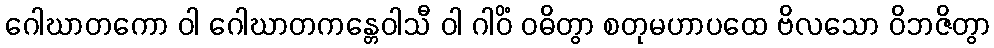
ဂေါဃာတကော ဝါ ဂေါဃာတကန္တေဝါသီ ဝါ ဂါဝိံ ဝဓိတွာ စတုမဟာပထေ ဗိလသော ဝိဘဇိတွာ